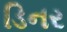
ડિનર